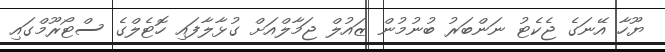
ޔޫހާ އޭނަގެ ޖެކެޓު ނަންބަރު ބުނުމުން ޒައުލް ޖަމާލްއަށް ގުޅާލާފައި ހޮޓެލްގެ ސްޓޯރޫމްގައި